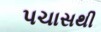
પચાસથી